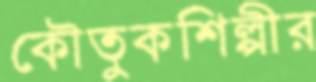
কৌতুকশিল্পীর